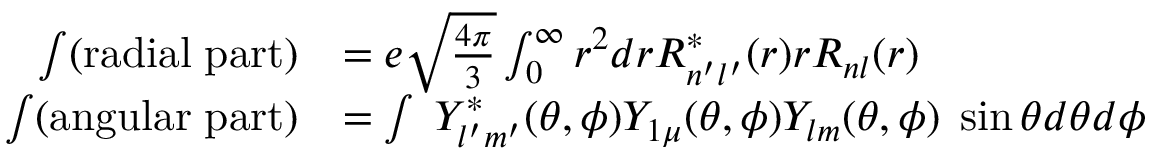
\begin{array} { r l } { \int ( \mathrm { r a d i a l \; p a r t ) } } & { = e \sqrt { \frac { 4 \pi } { 3 } } \int _ { 0 } ^ { \infty } r ^ { 2 } d r R _ { n ^ { \prime } l ^ { \prime } } ^ { * } ( r ) r R _ { n l } ( r ) } \\ { \int ( \mathrm { a n g u l a r \; p a r t ) } } & { = \int \; Y _ { l ^ { \prime } m ^ { \prime } } ^ { * } ( \theta , \phi ) Y _ { 1 \mu } ( \theta , \phi ) Y _ { l m } ( \theta , \phi ) \; \sin \theta d \theta d \phi } \end{array}